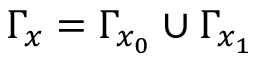
\Gamma _ { x } = \Gamma _ { x _ { 0 } } \cup \Gamma _ { x _ { 1 } }